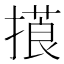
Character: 𢳑